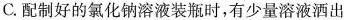
C.配制好的氯化钠溶液装瓶时，有少量溶液洒出